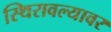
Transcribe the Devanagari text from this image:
स्थिरावल्यावर